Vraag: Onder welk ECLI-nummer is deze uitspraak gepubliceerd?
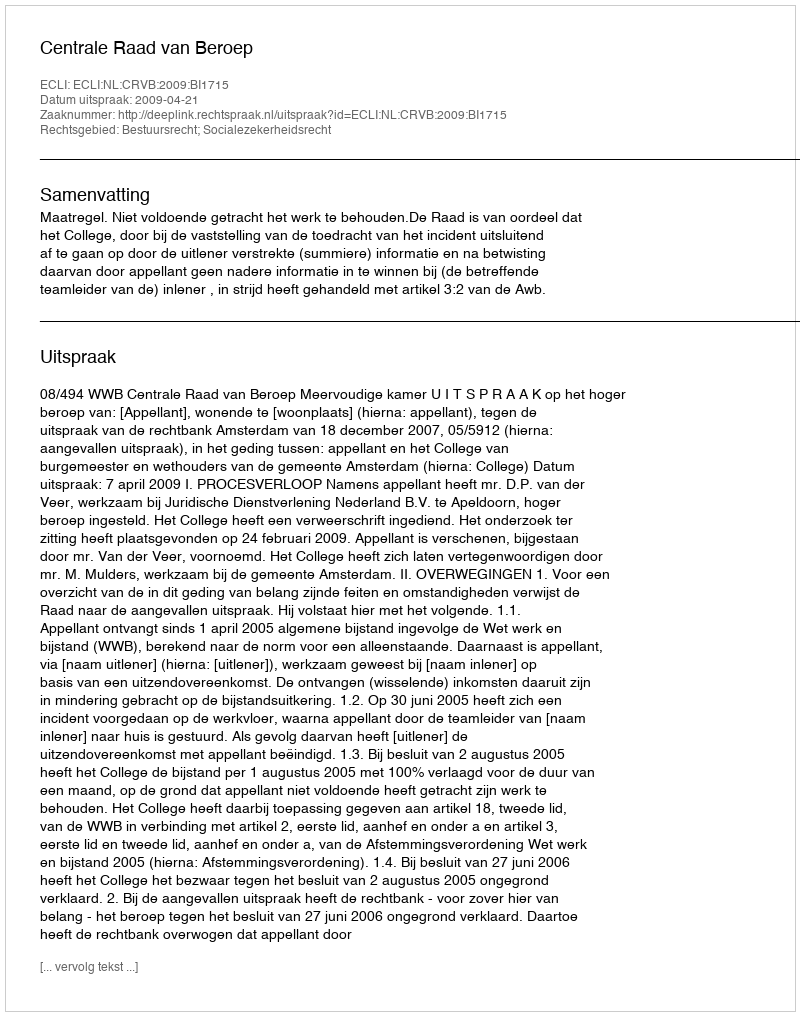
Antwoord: ECLI:NL:CRVB:2009:BI1715